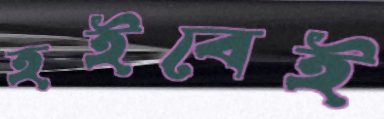
হইবেই